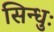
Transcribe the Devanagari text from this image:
सिन्धुः